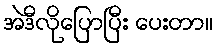
အဲဒီလိုပြောပြီး ပေးတာ။